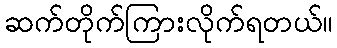
ဆက်တိုက်ကြားလိုက်ရတယ်။